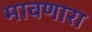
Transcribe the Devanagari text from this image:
मावणारा